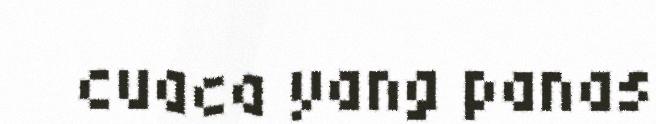
cuaca yang panas